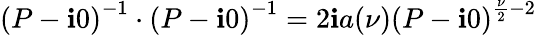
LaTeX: \left(P-\mathbf{i}0\right)^{-1}\cdot\left(P-\mathbf{i}0\right)^{-1}=2\mathbf{i}a(\nu)\left(P-\mathbf{i}0\right)^{\frac{{\nu}}{{2}}-2}